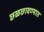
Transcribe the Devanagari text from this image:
छळछावण्यात